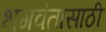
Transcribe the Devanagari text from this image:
भगवंतासाठी